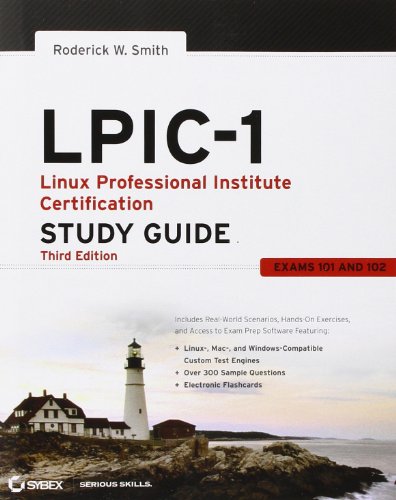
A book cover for LPIC-1: Linux Professional Institute Certification Study Guide: (Exams 101 and 102); Roderick W. Smith; Computers & Technology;